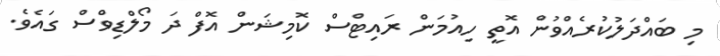
މި ބައްދަލުކުރެއްވުން އޮތީ ހިއުމަން ރައިޓްސް ކޮމިޝަން އޮފް ދަ މޯލްޑިވްސް ގައެވެ.